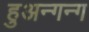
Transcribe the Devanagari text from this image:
हुअन्गन्ग